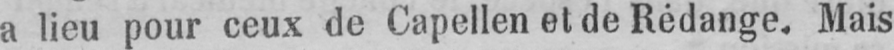
a lieu pour ceux de Capellen et de Rédange, Mais